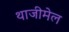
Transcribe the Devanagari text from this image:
थाजीमेल